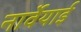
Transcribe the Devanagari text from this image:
नार्वेयाई